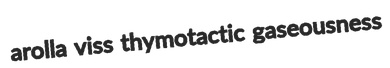
arolla viss thymotactic gaseousness